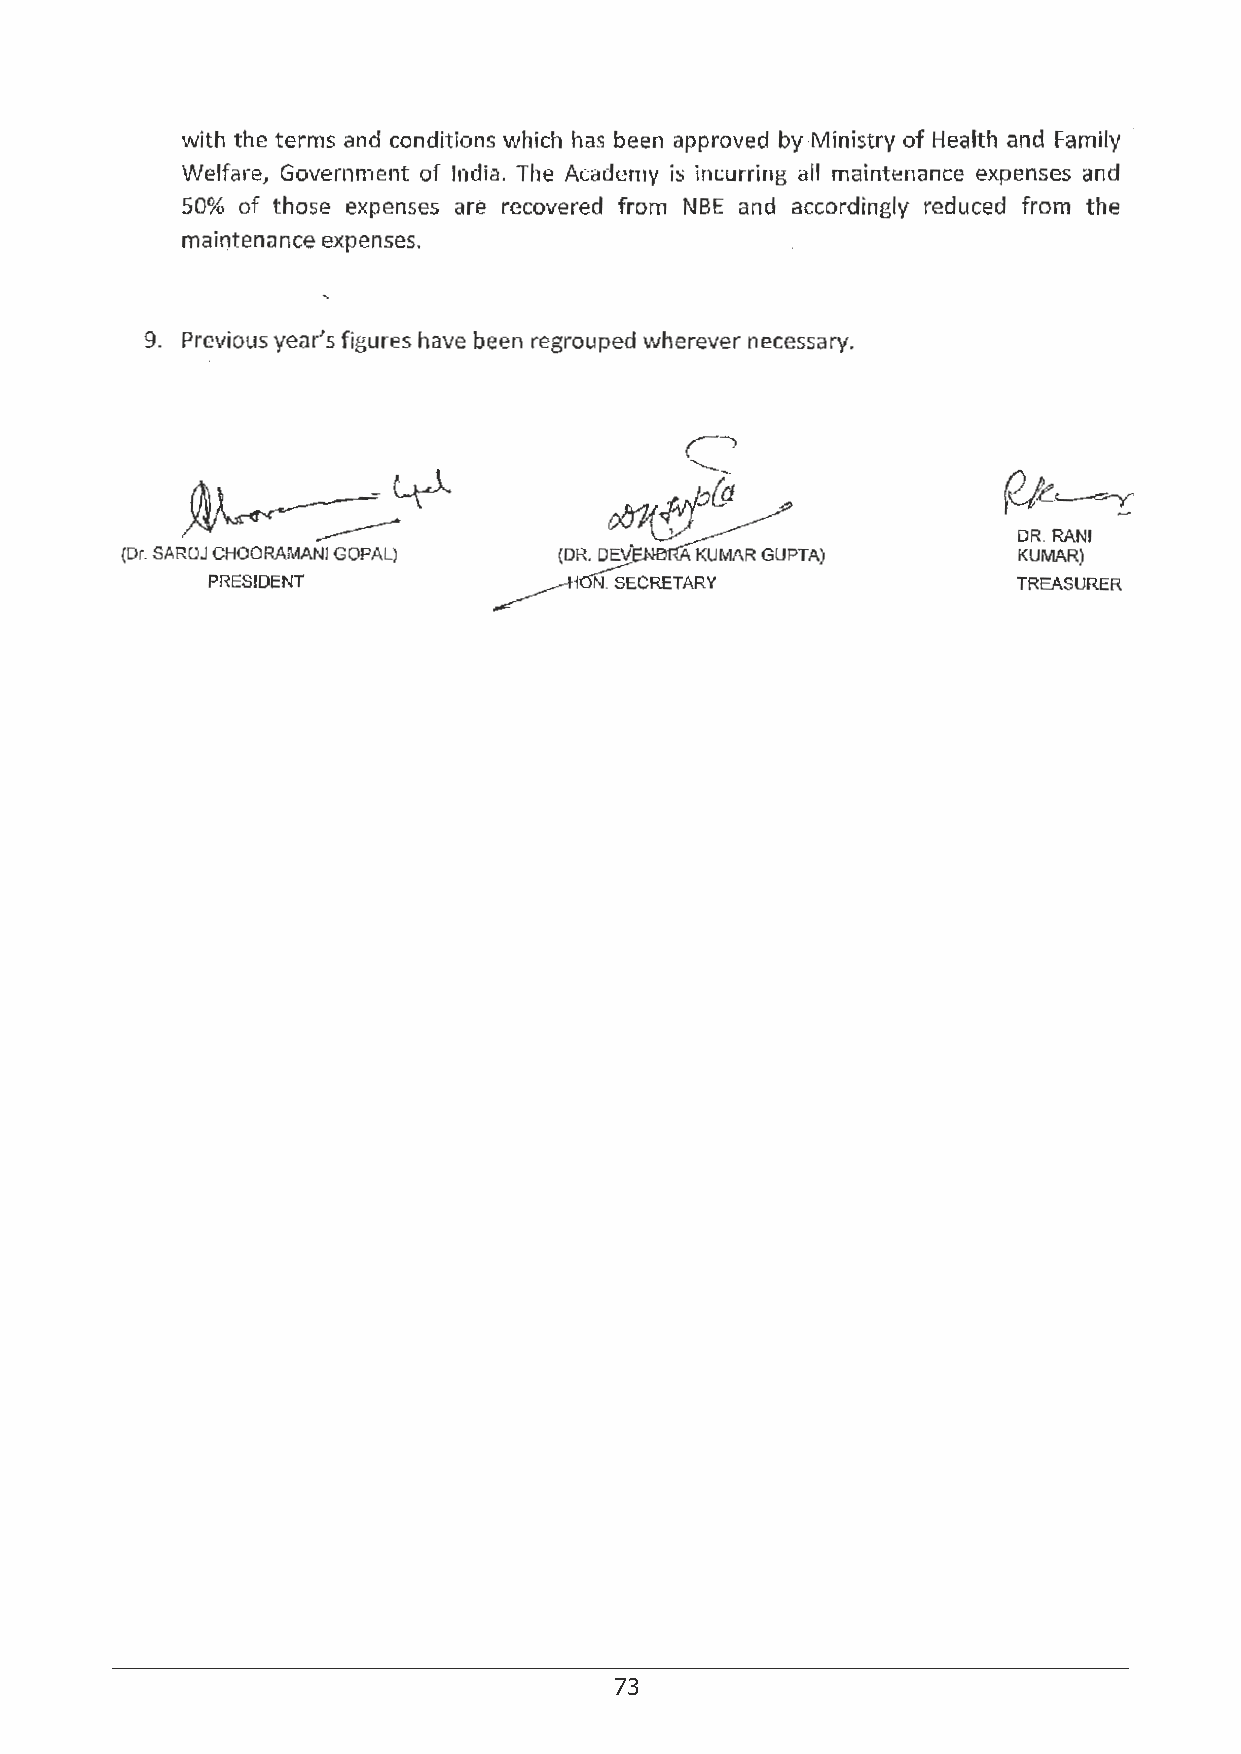
72                                       73